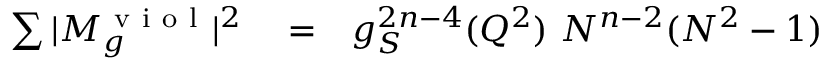
\begin{array} { r l r } { \sum \vert M _ { g } ^ { \mathrm { ~ v ~ i ~ o ~ l ~ } } \vert ^ { 2 } } & { { } = } & { g _ { S } ^ { 2 n - 4 } ( Q ^ { 2 } ) ~ N ^ { n - 2 } ( N ^ { 2 } - 1 ) } \end{array}